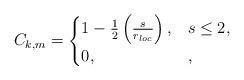
LaTeX: \begin{align*}C_{k,m}=\begin{cases}1-\frac{1}{2}\left(\frac{s}{r_{loc}}\right), & s \leq 2,\\0, & ,\end{cases} \end{align*}